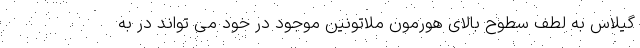
گیلاس به لطف سطوح بالای هورمون ملاتونین موجود در خود می تواند در به